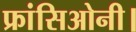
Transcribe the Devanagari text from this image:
फ्रांसिओनी।